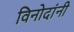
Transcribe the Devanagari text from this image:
विनोदांनी